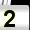
Digit: 2